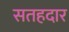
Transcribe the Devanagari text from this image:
सतहदार